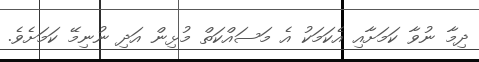
ދިމާ ނުވާ ކަމަށާއި އެކަމަކު އެ މަސައްކަތް މުޅިން އަދި ނުނިމޭ ކަމަށެވެ.